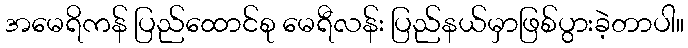
အမေရိကန် ပြည်ထောင်စု မေရီလန်း ပြည်နယ်မှာဖြစ်ပွားခဲ့တာပါ။